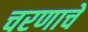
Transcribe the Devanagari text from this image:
चरणाचे